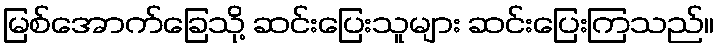
မြစ်အောက်ခြေသို့ ဆင်းပြေးသူများ ဆင်းပြေးကြသည်။